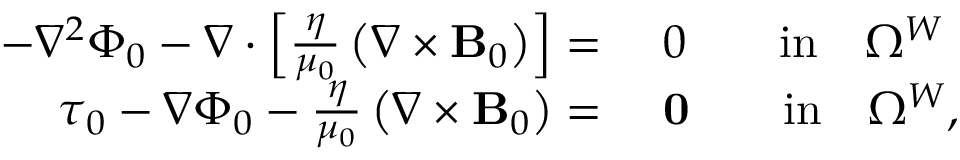
\begin{array} { r l } { - \nabla ^ { 2 } \Phi _ { 0 } - \nabla \cdot \left[ \frac { \eta } { \mu _ { 0 } } \left( \nabla \times { \mathbf B _ { 0 } } \right) \right] = } & { ~ 0 \qquad \mathrm { i n } \quad \Omega ^ { W } } \\ { \boldsymbol { \tau } _ { 0 } - \nabla \Phi _ { 0 } - \frac { \eta } { \mu _ { 0 } } \left( \nabla \times { \mathbf B _ { 0 } } \right) = } & { ~ \mathbf { 0 } \qquad \mathrm { i n } \quad \Omega ^ { W } , } \end{array}